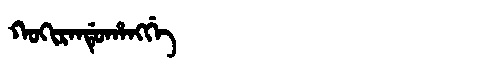
Manchu: ᡴᠣᡴᡳᡵᠠᠨᡩᡠᡥᠠᠩᡤᡝ
Romanization: KOKIRANDUHANGGE